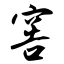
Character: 窖